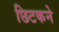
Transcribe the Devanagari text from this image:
छिटकने